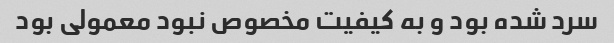
سرد شده بود و به کیفیت مخصوص نبود معمولی بود